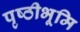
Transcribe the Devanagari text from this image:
पृष्ठीभूमि